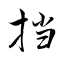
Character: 挡